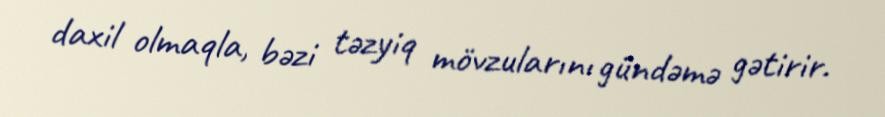
daxil olmaqla, bəzi təzyiq mövzularını gündəmə gətirir.